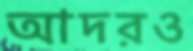
আদরও